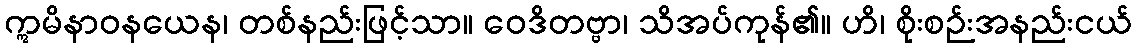
ဣမိနာဝနယေန၊ တစ်နည်းဖြင့်သာ။ ဝေဒိတဗ္ဗာ၊ သိအပ်ကုန်၏။ ဟိ၊ စိုးစဉ်းအနည်းငယ်